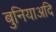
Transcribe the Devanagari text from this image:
बुनियाअदि